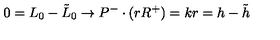
0 = L _ { 0 } - \tilde { L } _ { 0 } \rightarrow P ^ { - } \cdot ( r R ^ { + } ) = k r = h - \tilde { h }